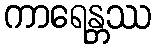
ကာရေန္တဿ